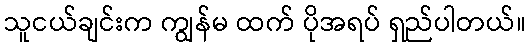
သူငယ်ချင်းက ကျွန်မ ထက် ပိုအရပ် ရှည်ပါတယ်။